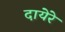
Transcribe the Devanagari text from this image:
दायेरे